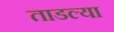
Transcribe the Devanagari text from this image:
ताडल्या